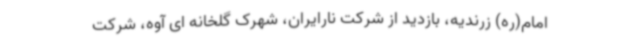
امام(ره) زرندیه، بازدید از شرکت نارایران، شهرک گلخانه ای آوه، شرکت